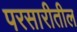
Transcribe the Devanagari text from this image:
परसारीतील